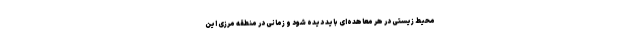
محیط زیستی در هر معاهده‌ای باید دیده شود و زمانی در منطقه مرزی این